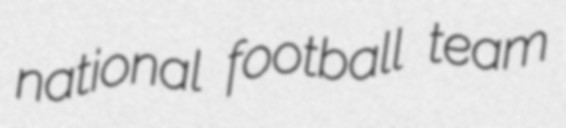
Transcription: national football team